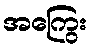
အကြွေး